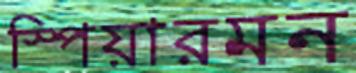
স্পিয়ারমন